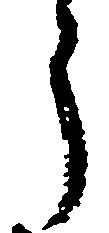
う